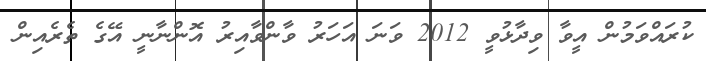
ކުރައްވަމުން އީވާ ވިދާޅުވީ 2012 ވަނަ އަހަރު ވާންވާއިރު އޮންނާނީ އޭގެ ތެރެއިން